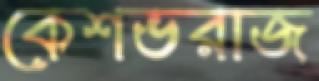
কেশভরাজ